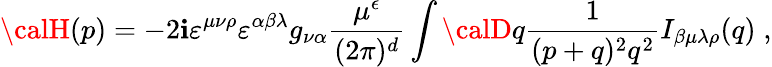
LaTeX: {\calH}(p)=-2\mathbf{i}\varepsilon^{\mu\nu\rho}\varepsilon^{\alpha\beta\lambda}g_{\nu\alpha}\frac{{\mu^{\epsilon}}}{{(2\pi)^{d}}}\int{\calD}q\frac{{1}}{{(p+q)^{2}q^{2}}}I_{\beta\mu\lambda\rho}(q)\; ,